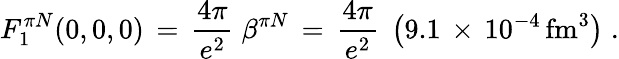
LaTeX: F_{1}^{\pi N}(0,0,0)\, =\, {\frac{4\pi}{e^{2}}}\; \beta^{\pi N}\, =\, {\frac{4\pi}{e^{2}}}\; \left(9.1\, \times\, 10^{-4}\, \mathrm{fm}^{3}\right)\; .